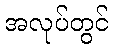
အလုပ်တွင်